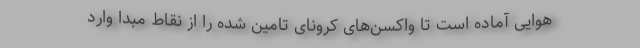
هوایی آماده است تا واکسن‌های کرونای تامین شده را از نقاط مبدا وارد